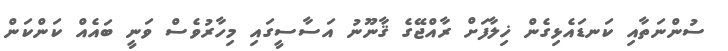
ސުންނަތާއި ކަނޑައެޅިގެން ޚިލާފަށް ރާއްޖޭގެ ޤާނޫނު އަސާސީގައި މިހާރުވެސް ވަނީ ބައެއް ކަންކަން